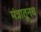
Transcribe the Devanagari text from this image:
मंत्रातूनच